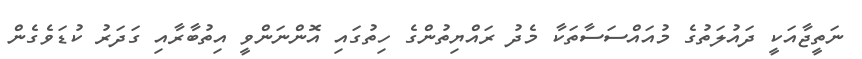
ނަތީޖާއަކީ ދައުލަތުގެ މުއައްސަސާތަކާ މެދު ރައްޔިތުންގެ ހިތުގައި އޮންނަންވީ އިތުބާރާއި ގަދަރު ކުޑަވެގެން